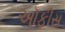
અૉફીસ